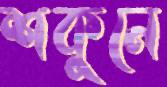
শকুনে